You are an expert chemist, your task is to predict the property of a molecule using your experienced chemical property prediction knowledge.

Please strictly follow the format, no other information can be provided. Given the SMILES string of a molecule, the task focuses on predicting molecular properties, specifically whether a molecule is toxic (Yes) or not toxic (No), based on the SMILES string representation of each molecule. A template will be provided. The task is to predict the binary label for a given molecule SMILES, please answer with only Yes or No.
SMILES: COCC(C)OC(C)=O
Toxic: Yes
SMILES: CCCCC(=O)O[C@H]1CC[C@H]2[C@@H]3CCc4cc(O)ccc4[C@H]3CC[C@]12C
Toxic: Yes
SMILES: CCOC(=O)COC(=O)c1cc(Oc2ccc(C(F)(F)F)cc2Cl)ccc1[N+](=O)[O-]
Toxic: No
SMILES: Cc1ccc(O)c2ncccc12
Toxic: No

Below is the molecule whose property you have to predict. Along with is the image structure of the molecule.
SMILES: NCCNC(=O)c1ccc(Cl)cn1
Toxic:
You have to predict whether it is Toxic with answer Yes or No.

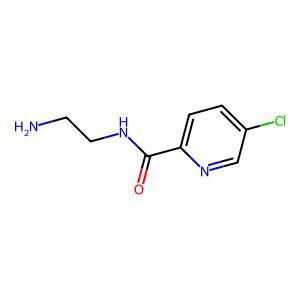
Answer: No